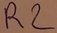
Text: R2